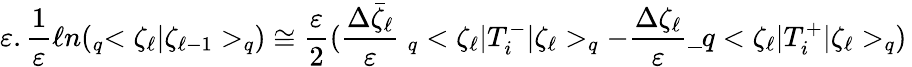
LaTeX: \varepsilon.\frac{1}{\varepsilon}\ell n(_{q}<\zeta_{\ell}|\zeta_{\ell-1}>_{q})\cong\frac{\varepsilon}{2}(\frac{\Delta\bar{\zeta}_{\ell}}{\varepsilon}\ _{q}<\zeta_{\ell}|T_{i}^{-}|\zeta_{\ell}>_{q}-\frac{\Delta\zeta_{\ell}}{\varepsilon}\_ q<\zeta_{\ell}|T_{i}^{+}|\zeta_{\ell}>_{q})\,